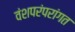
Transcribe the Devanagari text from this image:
वंशपरंपरांगत